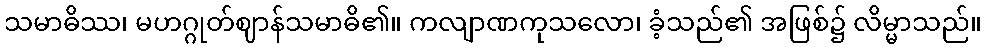
သမာဓိဿ၊ မဟဂ္ဂုတ်ဈာန်သမာဓိ၏။ ကလျာဏကုသလော၊ ခံ့သည်၏ အဖြစ်၌ လိမ္မာသည်။